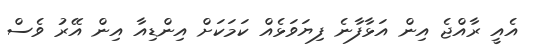
އެއީ ރާއްޖެ އިން އަޅާފާނެ ފިޔަވަޅެއް ކަމަކަށް އިންޑިއާ އިން އޭރު ވެސް